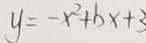
y = - x ^ { 2 } + b x + 3